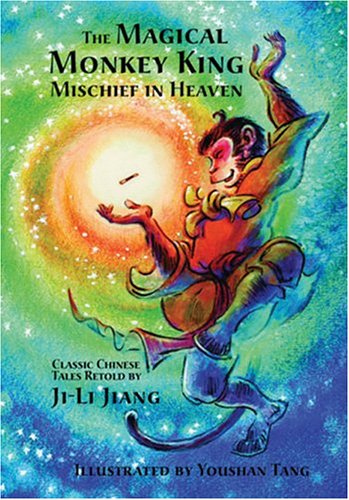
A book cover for The Magical Monkey King: Mischief in Heaven; Ji-Li Jiang; Children's Books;